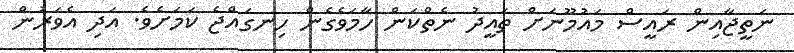
ނަތީޖާއިން ރައީސް މައުމޫނަށް ތައީދު ނެތްކަން ހާމަވެގެން ހިނގައްޖެ ކަމަށެވެ. އަދި އެވަރުން